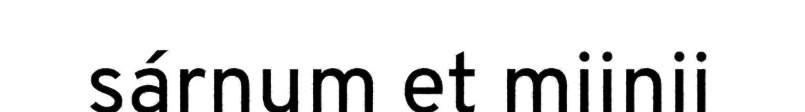
sárnum et miinii